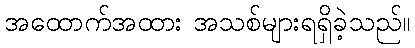
အထောက်အထား အသစ်များရရှိခဲ့သည်။